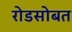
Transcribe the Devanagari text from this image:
रोडसोबत